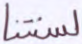
لسنتنا